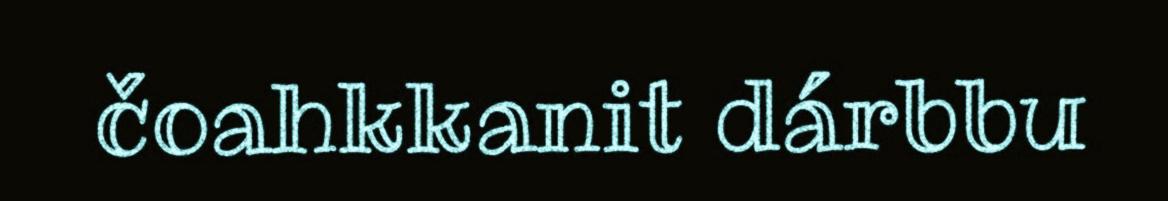
čoahkkanit dárbbu